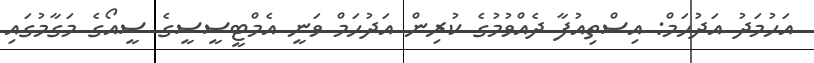
އަހުމަދު އަދުހަމް: އިސްތިއުފާ ދެއްވުމުގެ ކުރިން އަދުހަމް ވަނީ އެމްޓީސީސީގެ ސީއޯގެ މަގާމުގައި